Paatsalu_vallavalitsus, lk 21
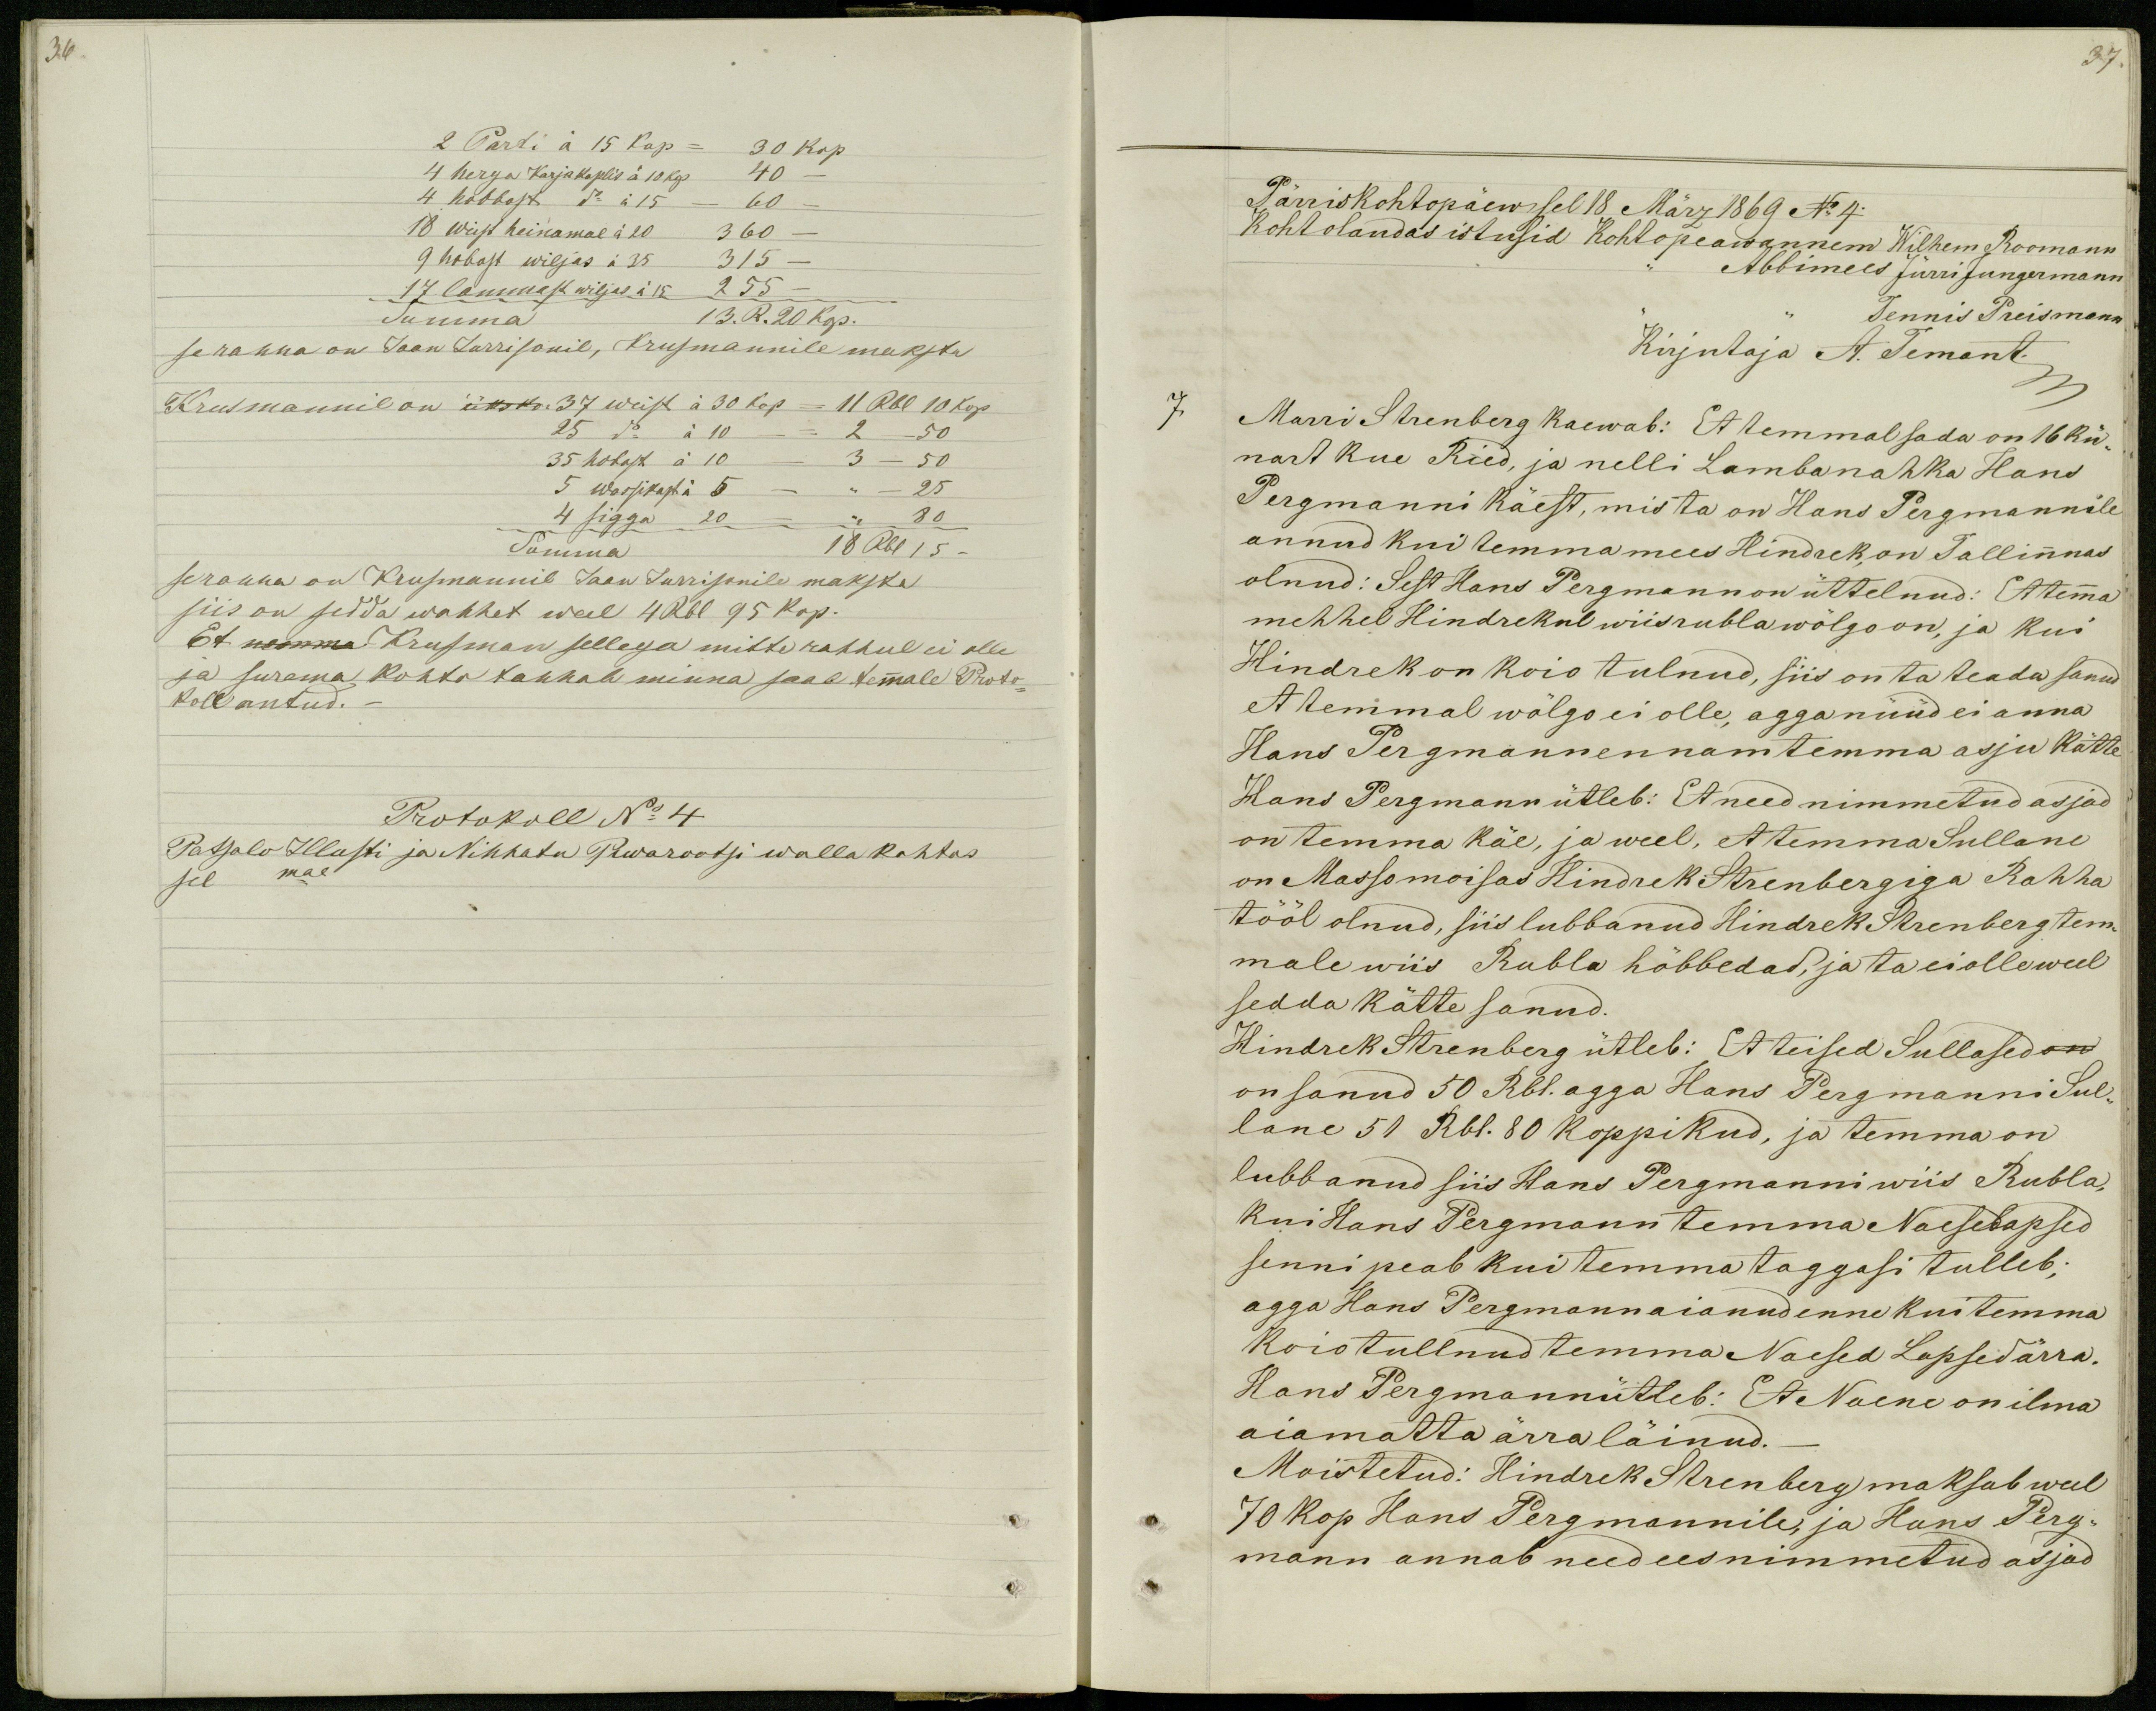
36.
2 Parti á 15 kop = 30 kop
4 herga Karjakoplis á 10 kop 40 -
4 hobbost do á 15 - 60 -
18 weist heinamal á 20 360 -
9 hobost wiljas á 35 315 -
17 lammast wiljas á 15 255 -
Summa
13. R. 20 kop.
se rahha on Jaan Jurrisonil, Krusmannile maksta
Krusmannil on üks kor 37 weist á 30 kop = 11 Rbl 10 kop
25 do á 10 - = 2 - 50
35 hobost à 10 - 3 - 50
5 wassikast á 5 - ,, - 25
4 sigga 20 - ,,  80
Summa 18 Rbl 15 -
se rahha on Krusmannil Jaan Jurrisonile maksta
siis on sedda wahhet weel 4 Rbl 95 kop.
Et nemma Krusman sellega mitte rahhul ei olle
ja surema kohto tahhab minna saab temmale Proto-
koll antud._
Protokoll No 4
Patsalo Illusti ja Nihhatu Piwarootsi walla kohtos
sel mal

37.
Pärriskohtopäew sel 18 März 1869 No 4.
Kohtolaudas istusid kohtopeawannem Wilhem Roomann
Abbimees Jürri Jungermann
Tennis Preismann
Kirjutaja A. Temant
7
Marri Strenberg kaewab: Et temmal sada on 16 kü-
nart kue Ried, ja nelli Lambanahka Hans
Pergmanni käest, mis ta on Hans Pergmannile
annud kui temma mees Hindrek, on Tallinnas
olnud: Sest Hans Pergmann on üttelnud: Et temma
mehhel Hindrekul wiis rubla wõlgo on, ja kui
Hindrek on koio tulnud, siis on ta teada sanud
et temmal wõlgo ei olle, agga nüüd ei anna
Hans Pergmann ennam temma asju kätte
Hans Pergmann ütleb: Et need nimmetud asjad
on temma käe, ja weel, et temma Sullane
on Massomoisas Hindrek Strenbergiga Rahha
tööl olnud, siis lubbanud Hindrek Strenberg tem-
male wiis Rubla hõbbedad, ja ta ei olle weel
sedda kätte sanud.
Hindrek Strenberg ütleb: Et teised Sullased on
on sanud 50 Rbl. agga Hans Pergmanni Sul-
lane 51 Rbl. 80 koppikud, ja temma on
lubbanud siis Hans Pergmanni wiis Rubla,
kui Hans Pergmann temma Naesedlapsed
senni peab kui temma taggasi tulleb;
agga Hans Pergmann aianud enne kui temma
koio tullnud temma Naesed Lapsed ärra.
Hans Pergmannütleb: Et Naene on ilma
aiamatta ärra läinud._
Moistetud: Hindrek Strenberg maksab weel
70 kop Hans Pergmannile, ja Hans Perg-
mann annab need ees nimmetud asjad